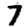
Digit: 7